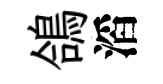
鴿滔